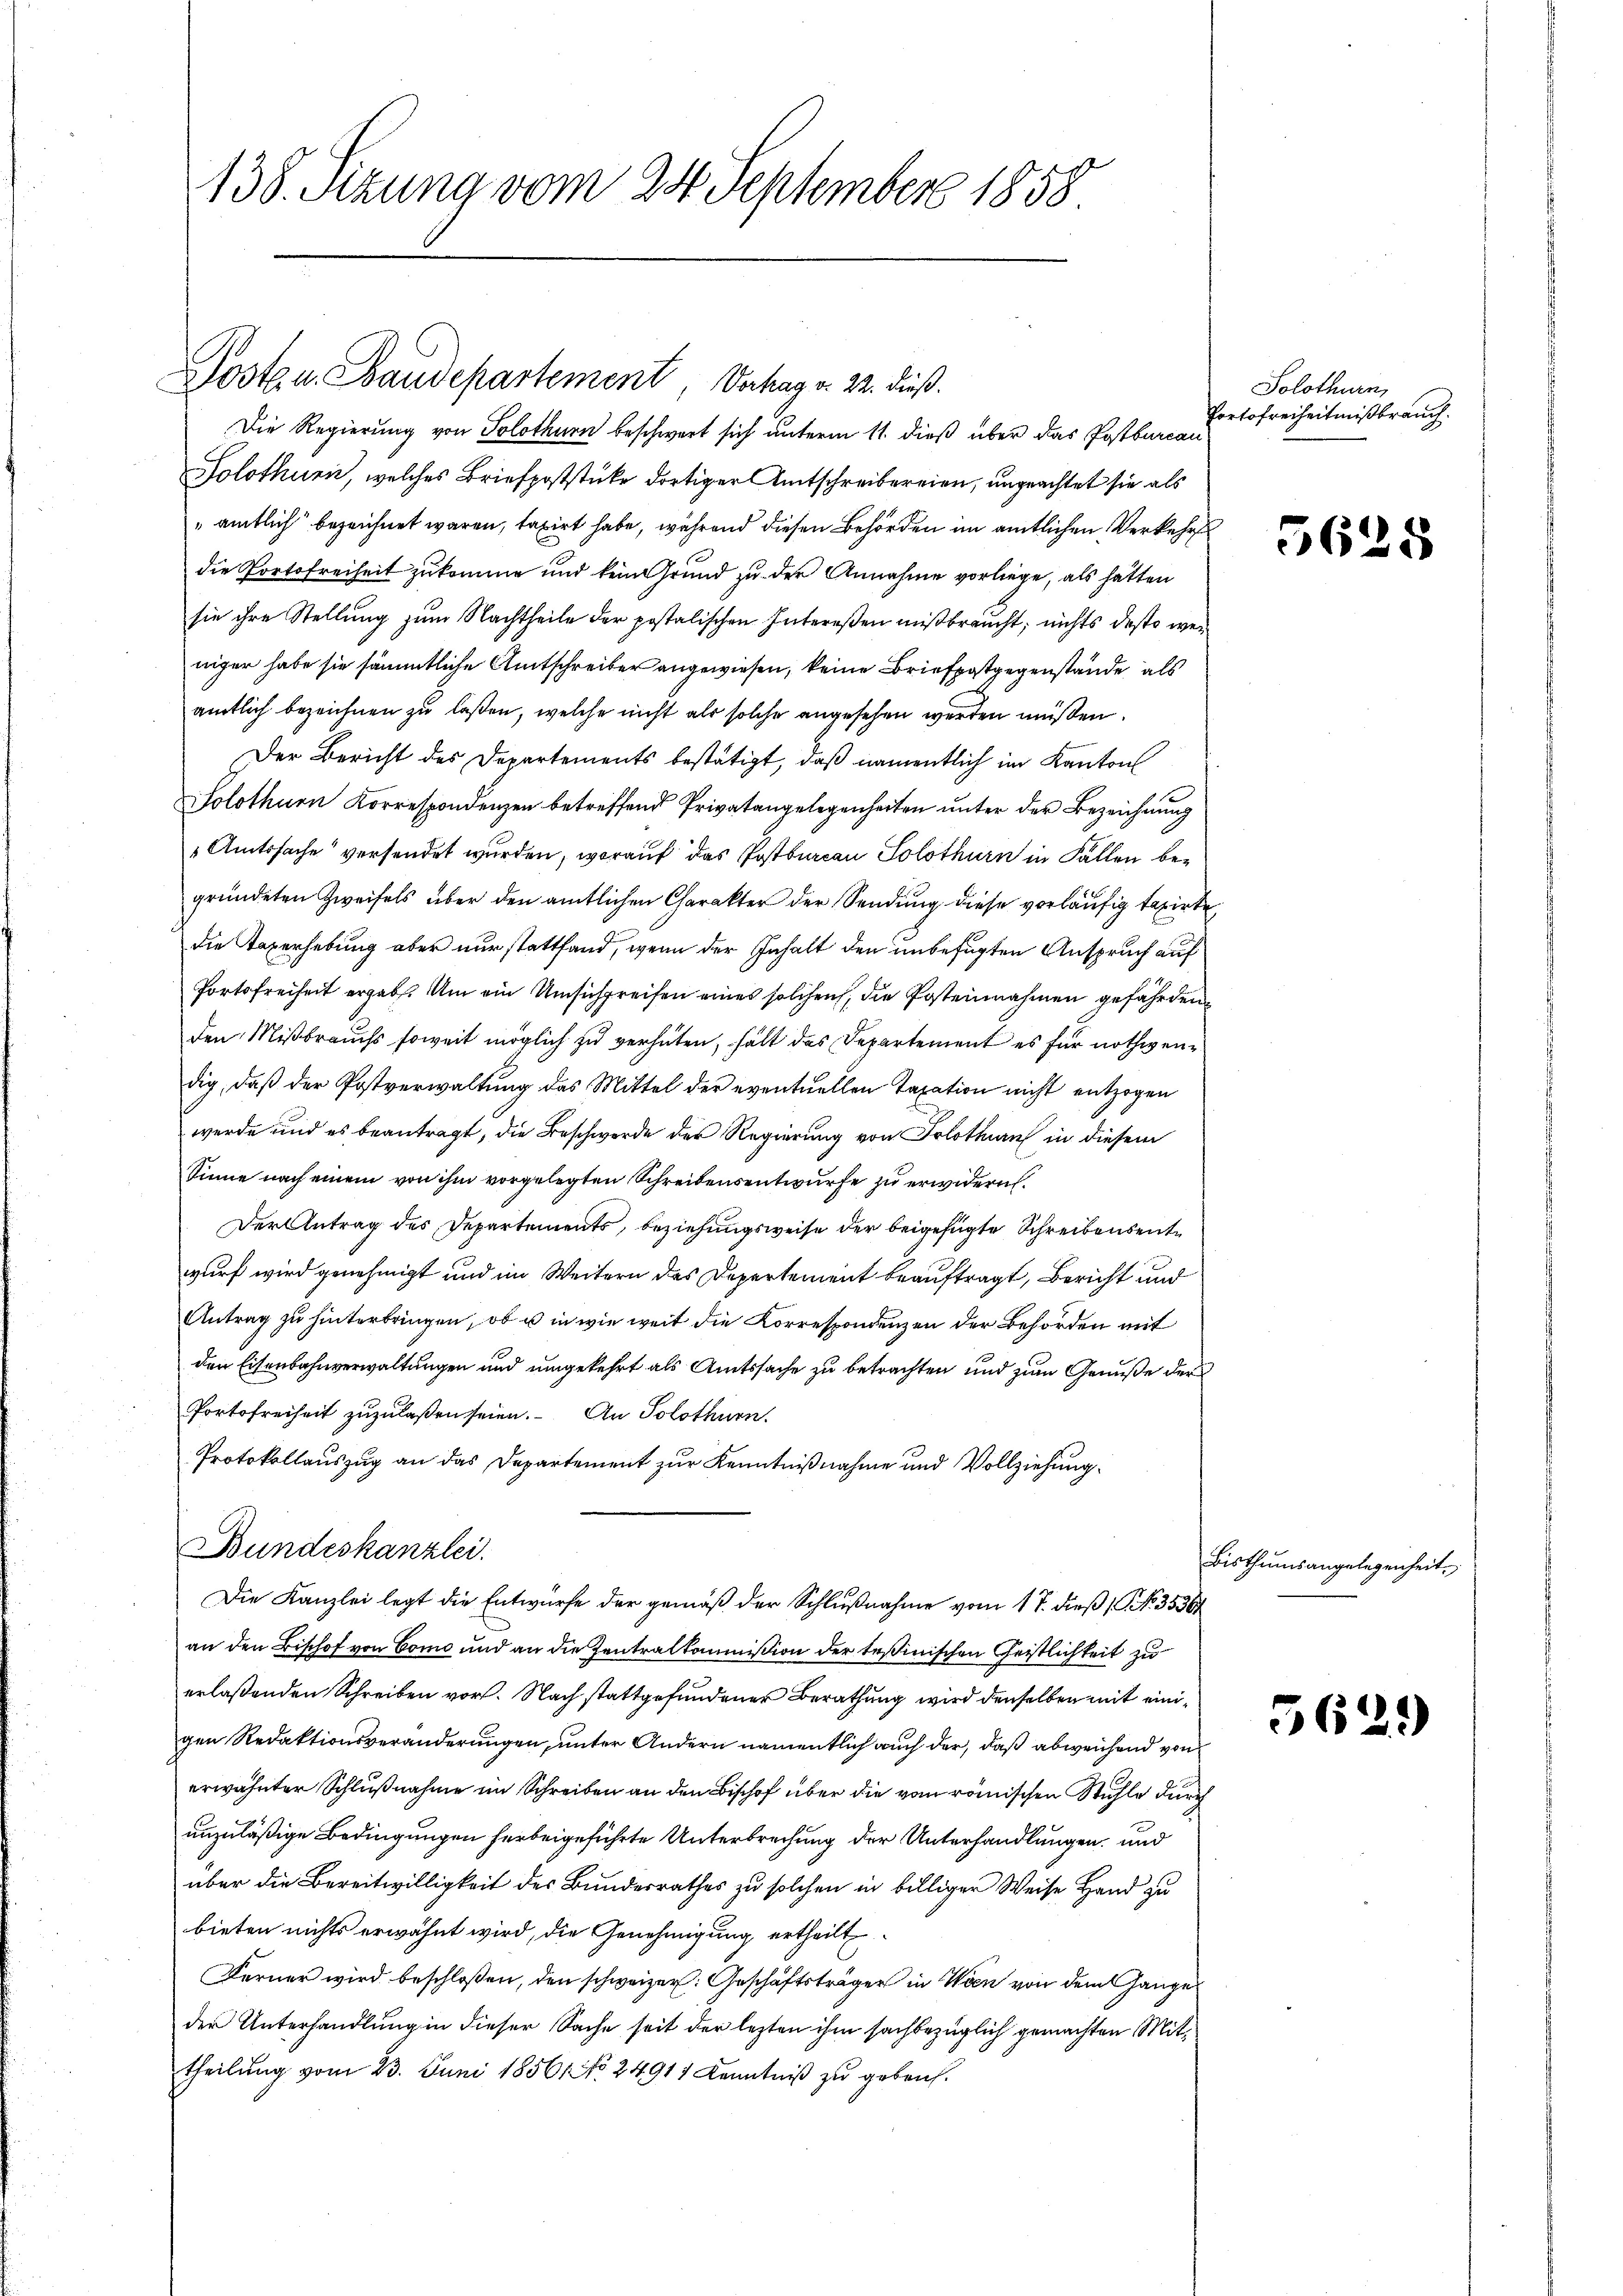
138. Sizung vom 24. September 1858

Die Regierung von Solothurn beschwert sich unterm 11. dieß über das Postbureau
Solothurn, welches Briefpoststücke dortiger Amtschreibereien, ungeachtet sie als
amtlich bezeichnet waren, taxirt habe, während diesen Behörden im amtlichen Verkehrs
die Portofreiheit zukomme und kein rund zu der Annahme vorliege, als hätten
sie ihre Stellung zum Nachtheile der postalischen Intereßen mißbraucht; nichts desto wei
niger habe sie sämmtliche Amtschreiber angewiesen, keine Briefpostgegenstände, als
amtlich bezeichnen zu laßen, welche nicht als solche angesehen werden müßen.
Der Bericht des Departements bestätigt, daß namentlich im Kanton
Solothurn Korrespondenzen betreffend Privatangelegenheiten unter der Bezeichnung
" Amtssache versendet wurden, worauf das Postbureau Solothurn in Fällen begründeten Zweifels über den amtlichen Charakter der Sendung diese vorläufig taxirte
die Taxerhebung aber nur stattfand, wenn der Inhalt den unbefugten Anspruch auf
Portofreiheit ergab. Um ein Umsichgreifen eines solchen, die Postennahmen gefährden
den Mißbrauchs soweit möglich zu verhüten, hält das Departement es für nothwendig, daß der Postverwaltung das Mittel der eventuellen Taxation nicht entzogen
werde und es beantragt, die Beschwerde der Regierung von Solothurn in diesem
Sinne nach einem von ihm vorgelegten Schreibensentwurfe zu erwidern.
Der Antrag des Departements, beziehungsweise der beigefügte Schreibensentwurf wird genehmigt und im Weitern des Departement beauftragt, Bericht und
Antrag zu hinterbringen, ob u in wie weit die Korrespondenzen der Behörden mit
den Eisenbahnverwaltungen und umgekehrt als Amtssache zu betrachten und zum Genüße der
Portofreiheit zuzulaßen seien. An Solothurn.
Protokollauszug an das Departement zur Kenntnißnahme und Vollziehung.
Bundeskanzlei.
Die Kanzlei legt die Entwurfe der gemäß der Schlußnahme vom 17. dieß (No. 35361
an den Bischof von Como und an die Zentralkommission der Teßinischen Geistlichkeit zu
erlaßenden Schreiben vor. Nach stattgefundener Berathung wird denselben mit einigen Redaktionsveränderungen, unter Andern namentlich auch der, daß abweichend von
erwähnter Schlußnahme im Schreiben an den Bischof über die vom römischen Stühle durch
unzuläßige Bedingungen herbeigeführte Unterbrechung der Unterhandlungen, und
über die Bereitwilligkeit des Bundesrathes zu solchen in billiger Weise Hand zu
bieten nichts erwähnt wird, die Genehmigung ertheilt
Ferner wird beschloßen, den schweizer: Geschäftsträger in Wien von dem ange
der Unterhandlung in dieser Sache seit der lezten ihm sachbezüglich gemachten Mittheilung vom 23. Juni 18561 No 24911 Kenntniß zu gebrach.

Posten Baudepartement, Verhag v. 22. dieß.

Solothurn,
Portofreiheit mißbrauch.

5628

Bisthumsangelegenheit.

5629